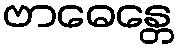
ဗာဓေန္တေ